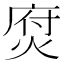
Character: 焤